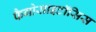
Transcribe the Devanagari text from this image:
फैगोसाइटॉसिस